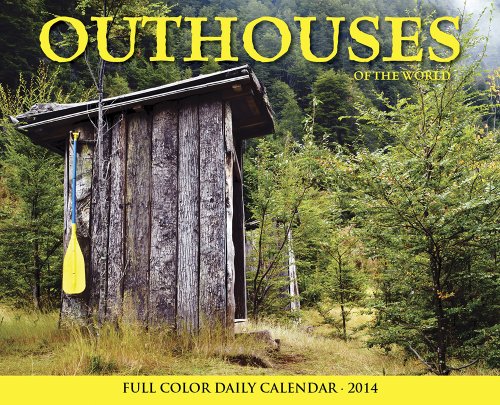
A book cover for Outhouses 2014 Box Calendar; Willow Creek Press; Calendars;